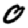
Digit: 0